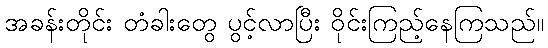
အခန်းတိုင်း တံခါးတွေ ပွင့်လာပြီး ဝိုင်းကြည့်နေကြသည်။